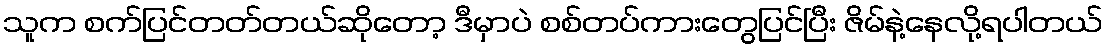
သူက စက်ပြင်တတ်တယ်ဆိုတော့ ဒီမှာပဲ စစ်တပ်ကားတွေပြင်ပြီး ဇိမ်နဲ့နေလို့ရပါတယ်